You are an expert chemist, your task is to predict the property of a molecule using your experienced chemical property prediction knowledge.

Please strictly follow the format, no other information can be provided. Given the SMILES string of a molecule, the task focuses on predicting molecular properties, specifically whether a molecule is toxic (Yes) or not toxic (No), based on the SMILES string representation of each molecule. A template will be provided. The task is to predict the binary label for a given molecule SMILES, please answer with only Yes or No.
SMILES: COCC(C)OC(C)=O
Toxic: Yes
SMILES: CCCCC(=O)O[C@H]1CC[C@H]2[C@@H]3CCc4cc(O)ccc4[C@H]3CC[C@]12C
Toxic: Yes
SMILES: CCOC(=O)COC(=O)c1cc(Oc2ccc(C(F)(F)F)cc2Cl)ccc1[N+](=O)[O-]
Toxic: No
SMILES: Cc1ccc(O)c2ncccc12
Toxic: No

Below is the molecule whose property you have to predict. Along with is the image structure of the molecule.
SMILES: CCNC(=S)NCC
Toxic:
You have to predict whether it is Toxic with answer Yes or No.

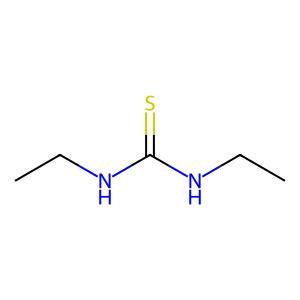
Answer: No